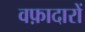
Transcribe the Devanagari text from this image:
वफ़ादारों